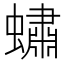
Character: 蟰